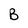
Character: B